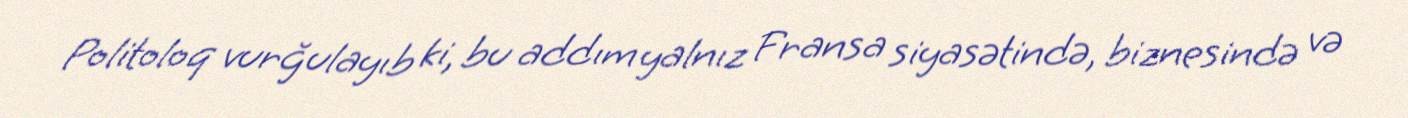
Politoloq vurğulayıb ki, bu addım yalnız Fransa siyasətində, biznesində və